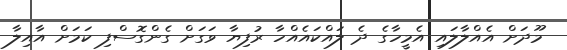
މޫދަށް އެއްލާލައި އެމީހާގެ ދެ ލައްކައެއްހާ ރުފިޔާ ވަގަށް ގެންގޮސްފި ކަމަށް އާއިލާ